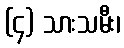
(၄) သားသမီး၊